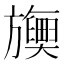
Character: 𬀡